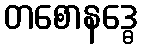
တစောနဒ္ဓေ